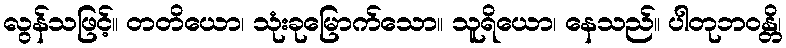
လွန်သဖြင့်။ တတိယော၊ သုံးခုမြောက်သော။ သူရိယော၊ နေသည်။ ပါတုဘဝန္တိ၊